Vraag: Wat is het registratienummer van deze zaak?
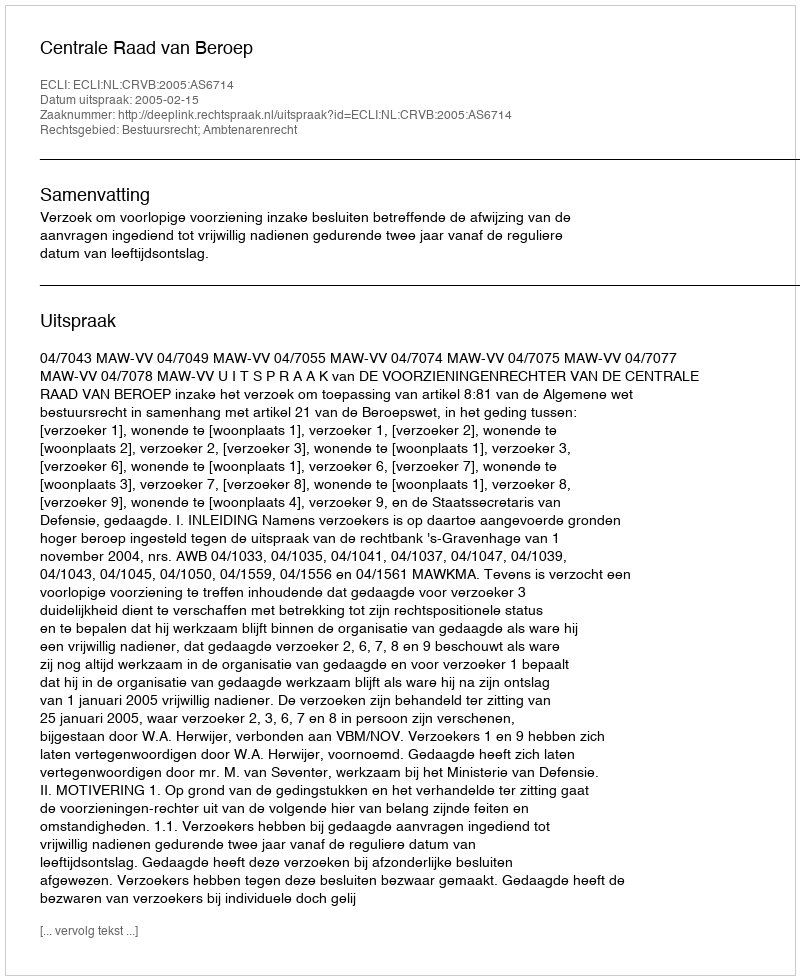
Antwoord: http://deeplink.rechtspraak.nl/uitspraak?id=ECLI:NL:CRVB:2005:AS6714